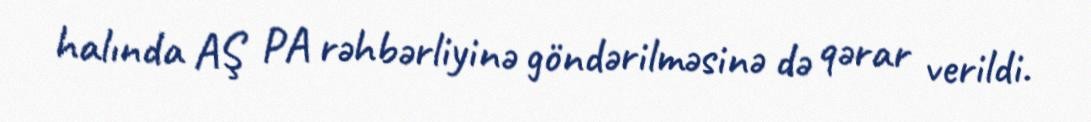
halında AŞ PA rəhbərliyinə göndərilməsinə də qərar verildi.